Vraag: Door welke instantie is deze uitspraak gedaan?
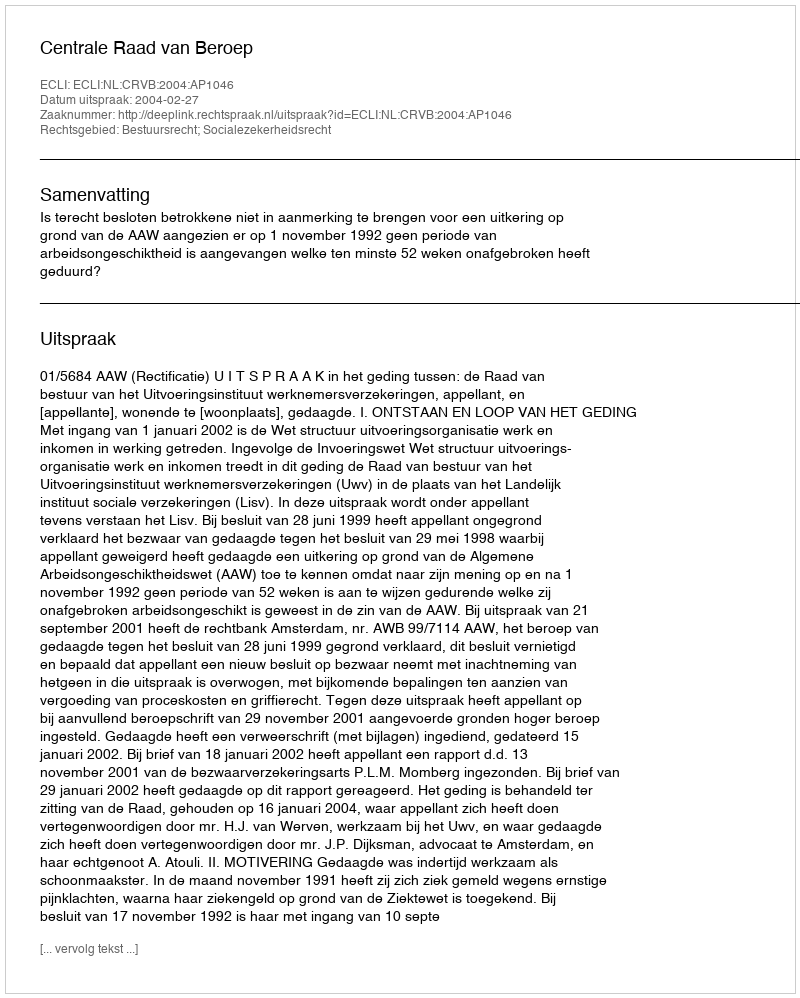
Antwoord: Centrale Raad van Beroep